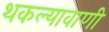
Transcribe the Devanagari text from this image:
थकल्यावाणी